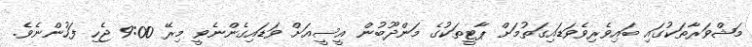
މަޝްވަރާތަކުގައި ބައިވެރިވެވަޑައިގަތުމަށް ޕާޓީތަކުގެ މަންދޫބުން އީސީއަށް ވަޑައިގެންނެވީ މިރޭ 9:00 ޖެހި ފަހުންނެވެ.